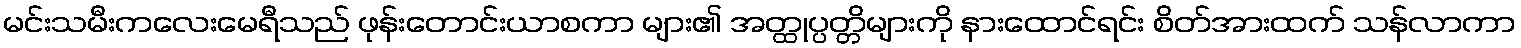
မင်းသမီးကလေးမေရီသည် ဖုန်းတောင်းယာစကာ များ၏ အတ္ထုပ္ပတ္တိများကို နားထောင်ရင်း စိတ်အားထက် သန်လာကာ